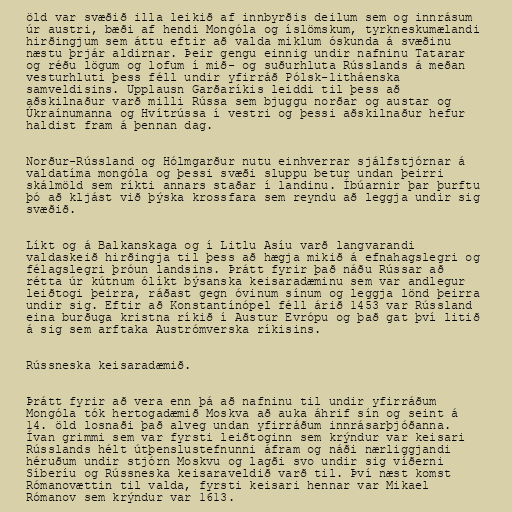
öld var svæðið illa leikið af innbyrðis deilum sem og innrásum
úr austri, bæði af hendi Mongóla og íslömskum, tyrkneskumælandi
hirðingjum sem áttu eftir að valda miklum óskunda á svæðinu
næstu þrjár aldirnar. Þeir gengu einnig undir nafninu Tatarar
og réðu lögum og lofum í mið- og suðurhluta Rússlands á meðan
vesturhluti þess féll undir yfirráð Pólsk-litháenska
samveldisins. Upplausn Garðaríkis leiddi til þess að
aðskilnaður varð milli Rússa sem bjuggu norðar og austar og
Úkraínumanna og Hvítrússa í vestri og þessi aðskilnaður hefur
haldist fram á þennan dag.

Norður-Rússland og Hólmgarður nutu einhverrar sjálfstjórnar á
valdatíma mongóla og þessi svæði sluppu betur undan þeirri
skálmöld sem ríkti annars staðar í landinu. Íbúarnir þar þurftu
þó að kljást við þýska krossfara sem reyndu að leggja undir sig
svæðið.

Líkt og á Balkanskaga og í Litlu Asíu varð langvarandi
valdaskeið hirðingja til þess að hægja mikið á efnahagslegri og
félagslegri þróun landsins. Þrátt fyrir það náðu Rússar að
rétta úr kútnum ólíkt býsanska keisaradæminu sem var andlegur
leiðtogi þeirra, ráðast gegn óvinum sínum og leggja lönd þeirra
undir sig. Eftir að Konstantínópel féll árið 1453 var Rússland
eina burðuga kristna ríkið í Austur Evrópu og það gat því litið
á sig sem arftaka Austrómverska ríkisins.

Rússneska keisaradæmið.

Þrátt fyrir að vera enn þá að nafninu til undir yfirráðum
Mongóla tók hertogadæmið Moskva að auka áhrif sín og seint á
14. öld losnaði það alveg undan yfirráðum innrásarþjóðanna.
Ívan grimmi sem var fyrsti leiðtoginn sem krýndur var keisari
Rússlands hélt útþenslustefnunni áfram og náði nærliggjandi
héruðum undir stjórn Moskvu og lagði svo undir sig víðerni
Síberíu og Rússneska keisaraveldið varð til. Því næst komst
Rómanovættin til valda, fyrsti keisari hennar var Mikael
Rómanov sem krýndur var 1613.